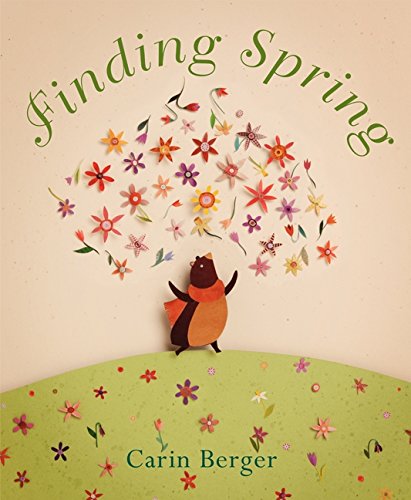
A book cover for Finding Spring; Carin Berger; Children's Books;